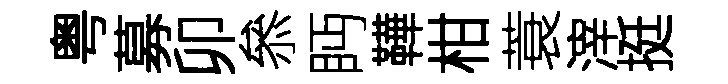
粤募卯叅眄鞾柑蓑滓挺